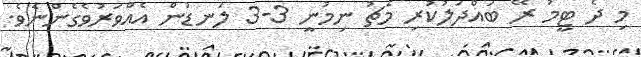
މި ދެ ޓީމު ރޭ ބައްދަލުކުރި މެޗު ނިމުނީ 3-3 ލަނޑުން އެއްވަރުވެގެންނެވެ.